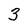
Character: 3